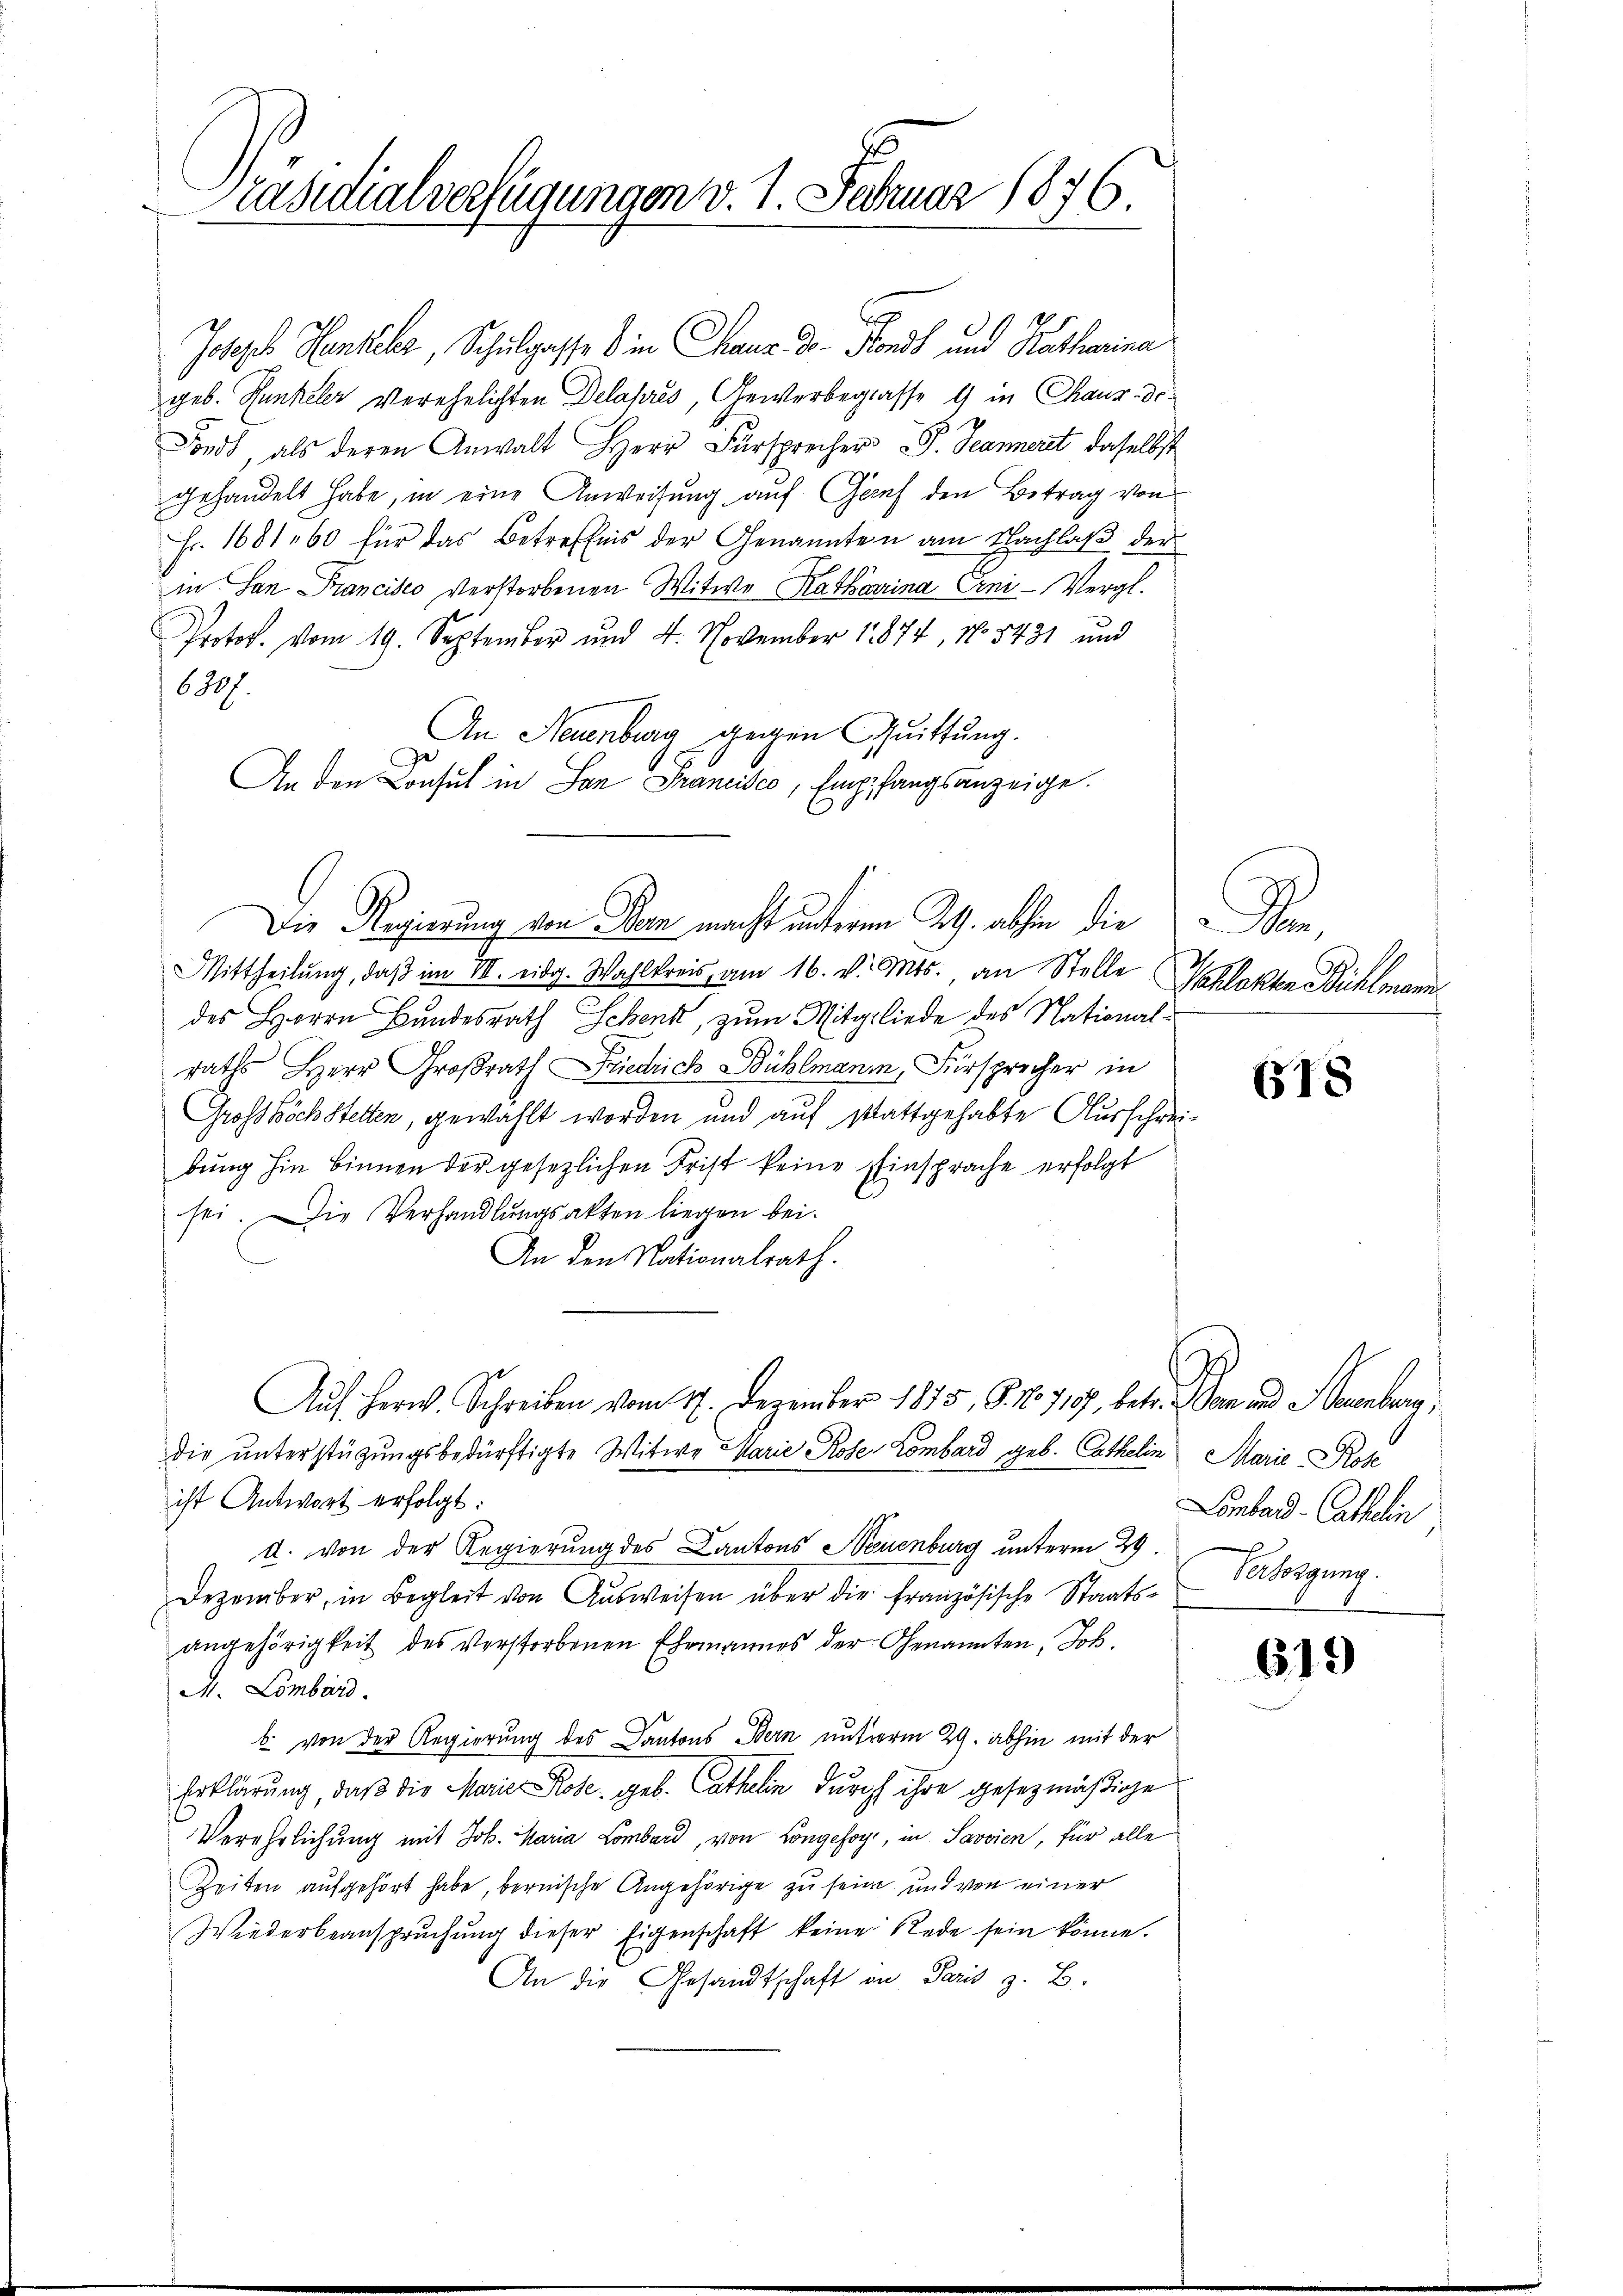
räsidialverfügungen v. 1. Februar 1876.

6
Joseph Henkeler, Schulgasse in Chaux do- Fonds und Ratharina
geb. Hunkeler Verehelichten Delapres, Gewerbeglasse 1 in Chaus de¬
Fonds, als deren Anwalt Herr Fürsprecher P. Jeanneret, daselbst
gehandelt habe, in eine Anweisung auf Genf den Betrag von
Fr. 1681, 60 für das Betreffnis der Genannten am Nachlaß der
in San Francisco verstorbenen Witwe Ratharina Crni-Vergl.
Protok. vom 19. September und 4. November 1874, No 8431 und
6807.
An Neuenburg gegen Quittung.
An den Consul in San Francisco, Empfangsanzeige.
Mittheilŭng, daβ im III. eidg. Wahlkreis am 16. v. Mts. an Stelle
des Herrn Bundesrath Schenk, zum Mitgliede des Nationalraths Herr Großrath Friedrich Bühlmann, Fürsprecher in
Grosshöchstelten, gewählt worden und auf stattgehabte Ausschreibung hin binnen der gesezlichen Frist keine Einsprache erfolgt
sei. Die Verhandlungsakten liegen bei.
An den Nationalrath.
Auf Herr. Schreiben vom 17. Dezember 1875, G. 10719, betr. Bern und Neuenburg,
die unterstützungsbedürftigte Witwe Marie Rose Lombard geb. Cathelin Marie Prose
ist Antwort erfolgt:
d. von der Regierung des Cantons Neuenburg unterm 29
Dezember, in Begleit von Ausweisen über die französische Staatsangehörigkeit des verstorbenen Ehemannes der Genannten, Joh.
M. Lombard.
b. von der Regierung des Cantons Bern unterm 29. abhin mit der
Erklärung, daß die Marie Rose, geb. Cathelin durch ihre gesezmäßige
Verehrlichung mit Joh. Maria Lombard, von Longefoy, in Savoien, für alle
Zeiten aufgehört habe, bernische Angehörige zu sein, und von einer
Wiederbeansprŭchŭng dieser Eigenschaft keine Rede sein könne.
An die Gesandtschaft an Paris z. B.

Die Regierung von Bern macht unterm 29. abhin die

Den
Schlakten Bühlmann

618

Lombard-Catholin
Versorgung.

619